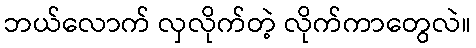
ဘယ်လောက် လှလိုက်တဲ့ လိုက်ကာတွေလဲ။